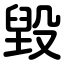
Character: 毀